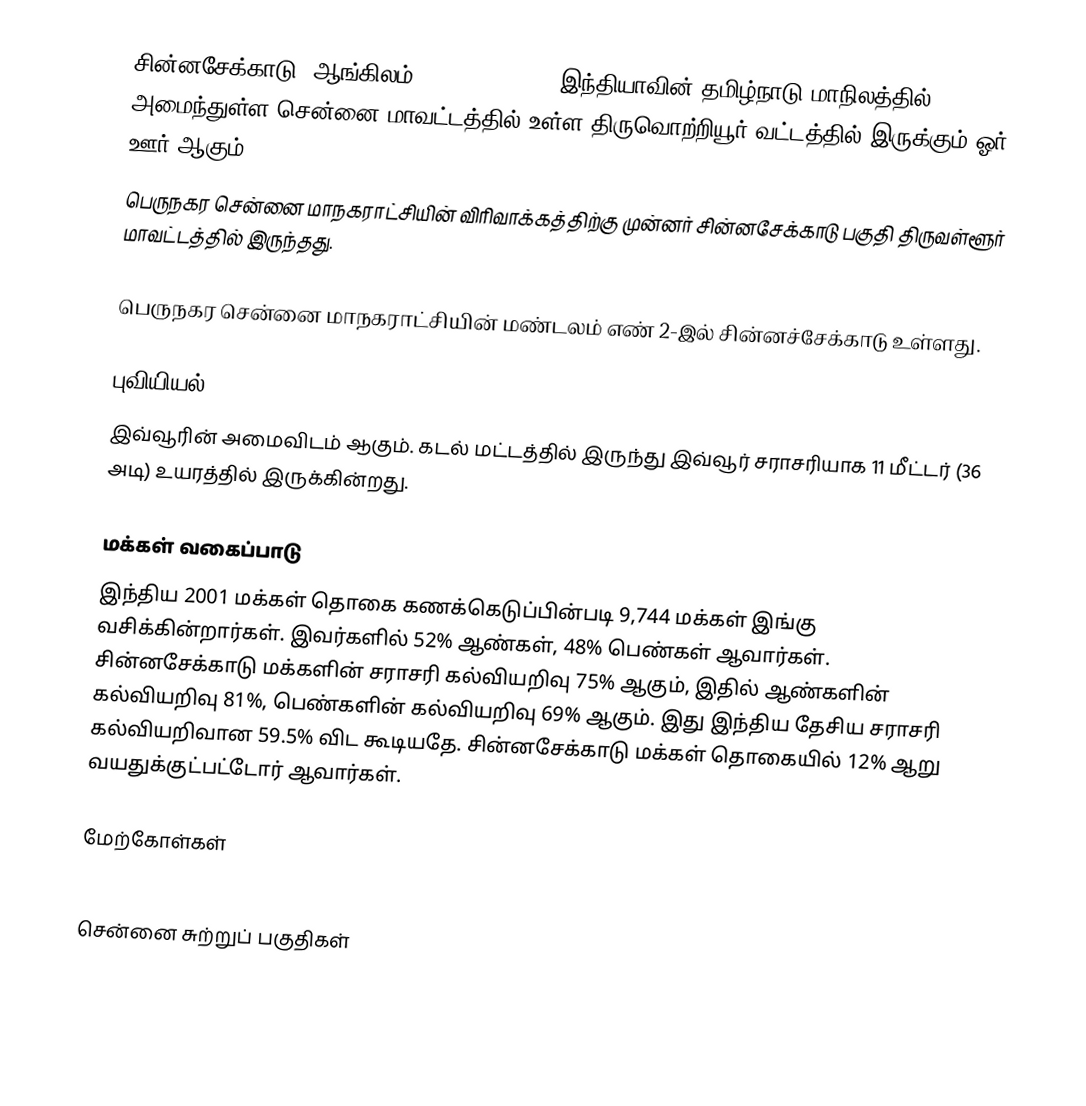
சின்னசேக்காடு (ஆங்கிலம்:Chinnasekkadu), இந்தியாவின் தமிழ்நாடு மாநிலத்தில் அமைந்துள்ள சென்னை மாவட்டத்தில் உள்ள திருவொற்றியூர் வட்டத்தில் இருக்கும் ஓர் ஊர் ஆகும்.
  பெருநகர சென்னை மாநகராட்சியின் விரிவாக்கத்திற்கு முன்னர் சின்னசேக்காடு பகுதி திருவள்ளூர் மாவட்டத்தில் இருந்தது.

பெருநகர சென்னை மாநகராட்சியின் மண்டலம் எண் 2-இல் சின்னச்சேக்காடு உள்ளது.

புவியியல்
இவ்வூரின் அமைவிடம்  ஆகும். கடல் மட்டத்தில் இருந்து இவ்வூர் சராசரியாக 11 மீட்டர் (36 அடி) உயரத்தில் இருக்கின்றது.

மக்கள் வகைப்பாடு
இந்திய 2001 மக்கள் தொகை கணக்கெடுப்பின்படி 9,744 மக்கள் இங்கு வசிக்கின்றார்கள். இவர்களில் 52% ஆண்கள், 48% பெண்கள் ஆவார்கள். சின்னசேக்காடு மக்களின் சராசரி கல்வியறிவு 75% ஆகும்,  இதில் ஆண்களின் கல்வியறிவு 81%,  பெண்களின் கல்வியறிவு 69% ஆகும். இது இந்திய தேசிய சராசரி கல்வியறிவான 59.5% விட கூடியதே. சின்னசேக்காடு மக்கள் தொகையில் 12%  ஆறு வயதுக்குட்பட்டோர் ஆவார்கள்.

மேற்கோள்கள்

சென்னை சுற்றுப் பகுதிகள்